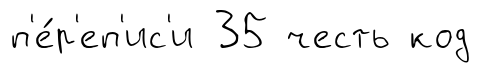
п'е́р'еп'ис'и 35 честь код